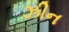
ઝીન